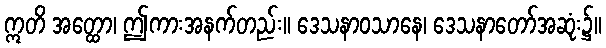
ဣတိ အတ္ထော၊ ဤကားအနက်တည်း။ ဒေသနာဝသာနေ၊ ဒေသနာတော်အဆုံး၌။